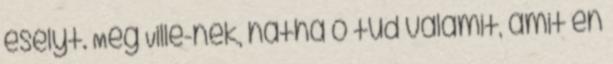
esélyt. Meg Ville-nek, hátha ő tud valamit, amit én